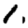
Digit: 1